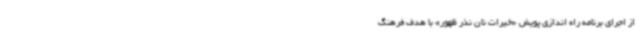
از اجرای برنامه راه اندازی پویش «خیرات نان نذر ظهور» با هدف فرهنگ